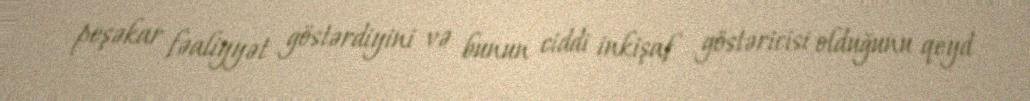
peşəkar fəaliyyət göstərdiyini və bunun ciddi inkişaf göstəricisi olduğunu qeyd